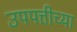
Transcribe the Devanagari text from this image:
उपपत्तीच्या